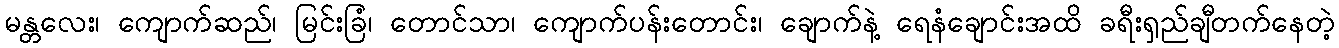
မန္တလေး၊ ကျောက်ဆည်၊ မြင်းခြံ၊ တောင်သာ၊ ကျောက်ပန်းတောင်း၊ ချောက်နဲ့ ရေနံချောင်းအထိ ခရီးရှည်ချီတက်နေတဲ့